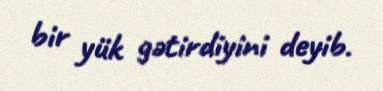
bir yük gətirdiyini deyib.